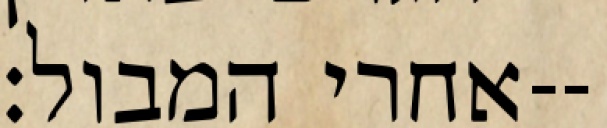
אחרי המבול׃--